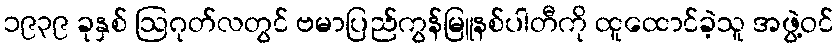
၁၉၃၉ ခုနှစ် ဩဂုတ်လတွင် ဗမာပြည်ကွန်မြူနစ်ပါတီကို ထူထောင်ခဲ့သူ အဖွဲ့ဝင်